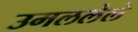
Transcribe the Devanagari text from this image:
उमललेले